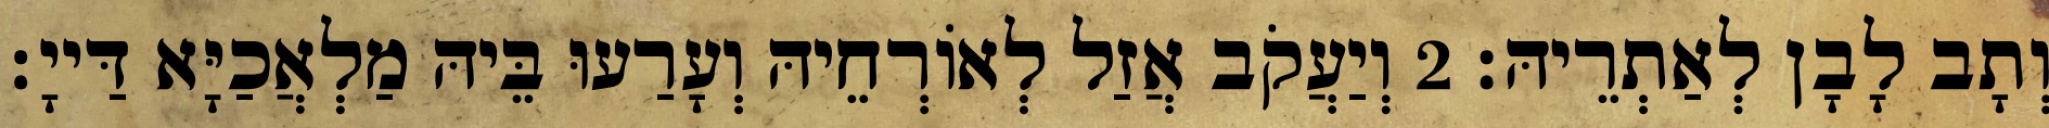
וְתָב לָבָן לְאַתְרֵיהּ׃ 2 וְיַעֲקֹב אֲזַל לְאוֹרְחֵיהּ וְעָרַעוּ בֵּיהּ מַלְאֲכַיָּא דַּייָ׃